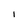
Character: I